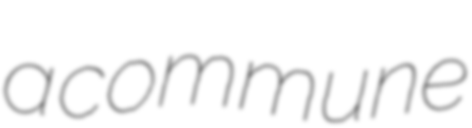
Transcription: a commune